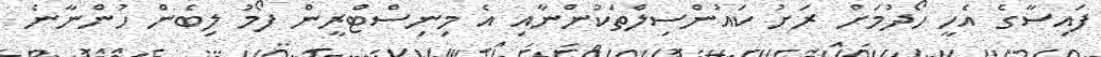
ފައިސާގެ އެހީ ހޯދުމަށް ރަށު ކައުންސިލްތަކުންނާއި އެ މިނިސްޓްރީން ފޯމު ލިބެން ހުންނާނެ